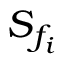
S _ { f _ { i } }